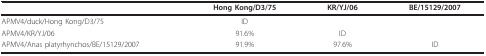
|  | Hong Kong/D3/75 | KR/YJ/06 | BE/15129/2007 |
 | --- | --- | --- | --- |
 | APMV4/duck/Hong Kong/D3/75 | ID |  |  |
 | APMV4/KR/YJ/06 | 91.6% | ID |  |
 | APMV4/Anas platyrhynchos/BE/15129/2007 | 91.9% | 97.6% | ID |